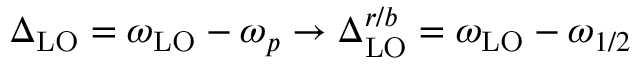
\Delta _ { \mathrm { L O } } = \omega _ { \mathrm { L O } } - \omega _ { p } \rightarrow \Delta _ { \mathrm { L O } } ^ { r / b } = \omega _ { \mathrm { L O } } - \omega _ { 1 / 2 }